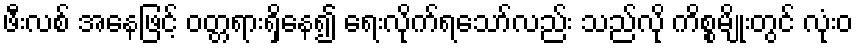
ဖီးလစ် အနေဖြင့် ဝတ္တရားရှိနေ၍ ရေးလိုက်ရသော်လည်း သည်လို ကိစ္စမျိုးတွင် လုံးဝ